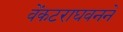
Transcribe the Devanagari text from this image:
वेंकटराघवनने